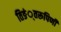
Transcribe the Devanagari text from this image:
तिङं्तरूपिणी